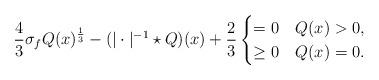
LaTeX: \begin{align*}\frac{4}{3}\sigma_{f} Q(x)^{\frac{1}{3}}-(|\cdot|^{-1}\star Q)(x)+\frac{2}{3} \begin{cases}=0 & Q(x)>0,\\\geq0 & Q(x)=0.\end{cases}\end{align*}